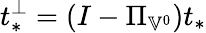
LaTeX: t_{*}^{\perp}=(I-\Pi_{\mathbb{V}^{0}})t_{*}